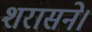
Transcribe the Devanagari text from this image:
शरासने।